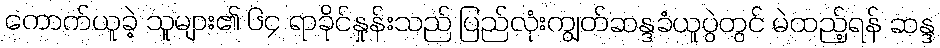
ကောက်ယူခဲ့ သူများ၏ ၆၄ ရာခိုင်နှုန်းသည် ပြည်လုံးကျွတ်ဆန္ဒခံယူပွဲတွင် မဲထည့်ရန် ဆန္ဒ